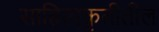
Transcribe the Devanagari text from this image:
साहित्यकृतीतील